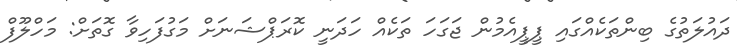
ދައުލަތުގެ ބިންތަކެއްގައި ޕީޕީއެމުން ޖަގަހަ ތަކެއް ހަދަނީ ކޮރަޕްޝަނަށް މަގުފަހިވާ ގޮތަށް: މަހްލޫފް